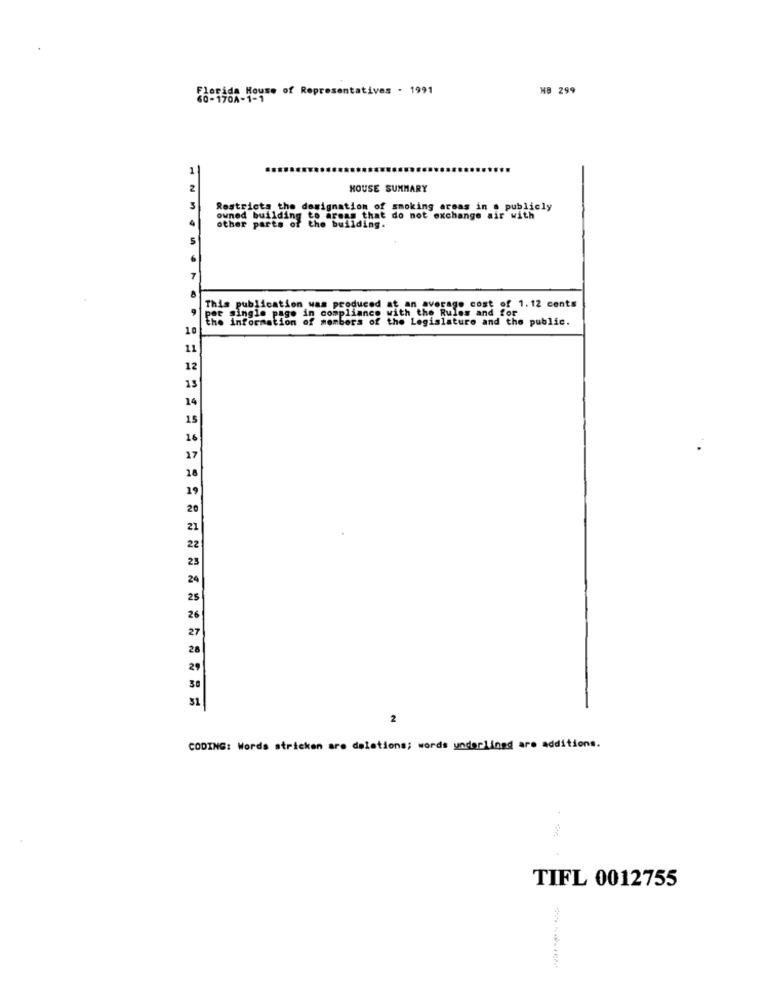
Florida House of Representatives - 1991
HB 299
60-1704-1-1
HOUSE SUMMARY
Restricts the designation of smoking areas in a publicly
owned building to areas that do not exchange air with
the building.
This publication was produced at an average cost of 1.12 cents
per single page in compliance with the Rules and for
information of members of the Legislature and the public.
10
11
12
13
14
15
2
CODING: Words stricken are deletions; words underlined are additions.
TIFL 0012755